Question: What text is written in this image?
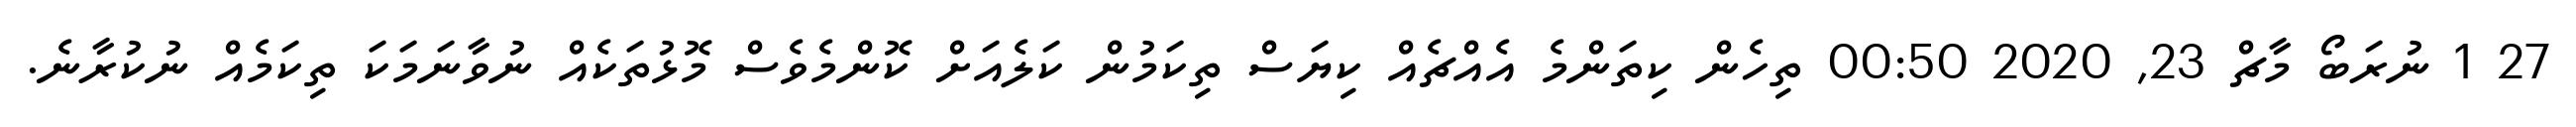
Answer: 27 1 ނުރަބޯ މާޗް 23, 2020 00:50 ތިހެން ކިތަންމެ އެއްޗެއް ކިޔަސް ތިކަމުން ކަލެއަށް ކޮންމެވެސް މޮޅުތަކެއް ނުވާނަމަކަ ތިކަމެއް ނުކުރާނެ.